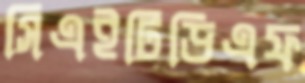
সিএইটিডিএফ